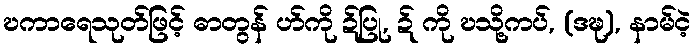
ဎကာရေသုတ်ဖြင့် ဓာတွန် ဟ်ကို ဍ်ပြု, ဍ် ကို ဎသို့ကပ်, (ဒဍ္ဎ), နာမ်ငဲ့